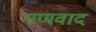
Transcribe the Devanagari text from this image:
गणवाद